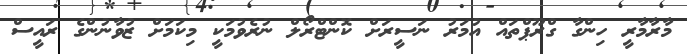
މާރާމާރީ ހިންގާ ގްރޫޕްތައް އުމަރު ނަސީރަށް ކޮންޓްރޯލް ނުުރެވުމަކީ މިކަމަށް ޒުވާނުންގެ ރައީސް